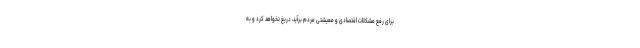
برای رفع مشکلات اقتصادی و معیشتی مردم برآید، دریغ نخواهد کرد و به